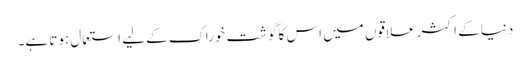
دنیا کے اکثر علاقوں میں اس کا گوشت خوراک کے لیے استعمال ہوتا ہے۔